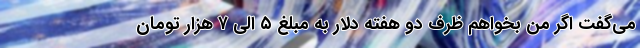
می‌گفت اگر من بخواهم ظرف دو هفته دلار به مبلغ ۵ الی ۷ هزار تومان